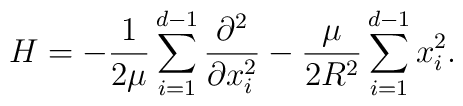
H=-\frac{1}{2\mu}\sum_{i=1}^{d-1}\frac{\partial^{2}}{\partial x^{2}_{i}}-\frac{\mu}{2R^{2}}\sum_{i=1}^{d-1}x^{2}_{i}.